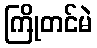
ကြိုတင်မဲ